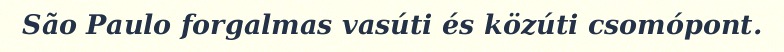
São Paulo forgalmas vasúti és közúti csomópont.